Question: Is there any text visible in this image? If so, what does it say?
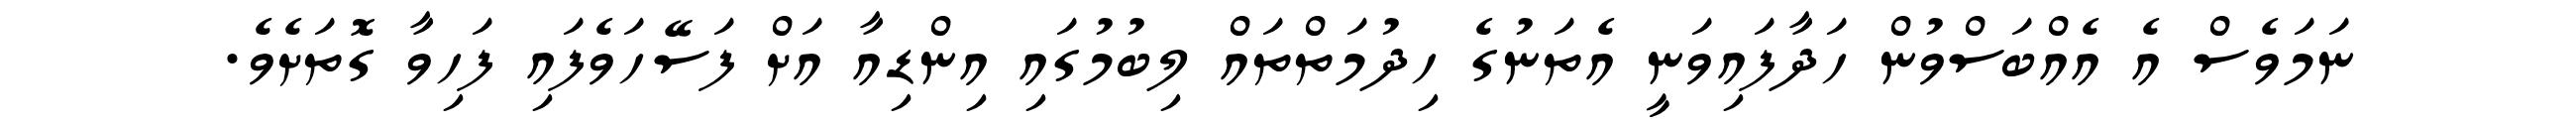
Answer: ނަމަވެސް އެ އެއްބަސްވުން ހަދާފައިވަނީ އެތަނުގެ ހިދުމަތްތައް ލިބުމުގައި އިންޑިއާ އަށް ފަސޭހަވެފައި ފަހިވާ ގޮތަށެވެ.